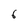
Character: 6